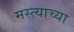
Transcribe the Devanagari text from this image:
मस्त्याच्या